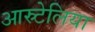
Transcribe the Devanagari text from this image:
आस्र्टेलिया